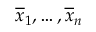
\overline { { x } } _ { 1 } , \ldots , \overline { { x } } _ { n }